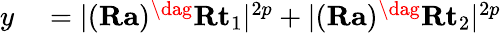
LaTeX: \begin{array}{rl}{y}&{{}=\lvert(\mathbf{R}\mathbf{a})^{\dag}\mathbf{R}\mathbf{t}_{1}\rvert^{2p}+\lvert(\mathbf{R}\mathbf{a})^{\dag}\mathbf{R}\mathbf{t}_{2}\rvert^{2p}}\end{array}